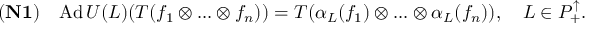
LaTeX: { \bf ( N 1 ) } \quad \mathrm { A d } \, U ( L ) ( T ( f _ { 1 } \otimes . . . \otimes f _ { n } ) ) = T ( \alpha _ { L } ( f _ { 1 } ) \otimes . . . \otimes \alpha _ { L } ( f _ { n } ) ) , \quad L \in { \cal P } _ { + } ^ { \uparrow } . \nonumber